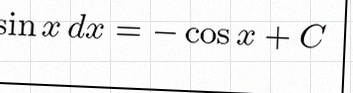
\int \sin x\,dx=-\cos x+C